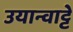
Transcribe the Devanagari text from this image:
उयान्वाट्टे